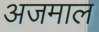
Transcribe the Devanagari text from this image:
अजमाल